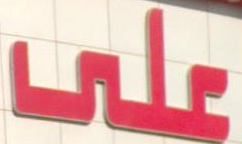
على